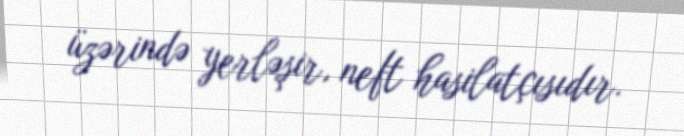
üzərində yerləşir, neft hasilatçısıdır.